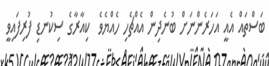
ބަސްތައް އެއީ އަހަރެންނަށް ބުނެދިން އެއްޗެހި ހެއްޔެވެ  ކިއާރާގެ ސިކުނޑި ފުރިފައިވީ